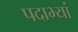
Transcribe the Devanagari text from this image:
पदाभ्यां